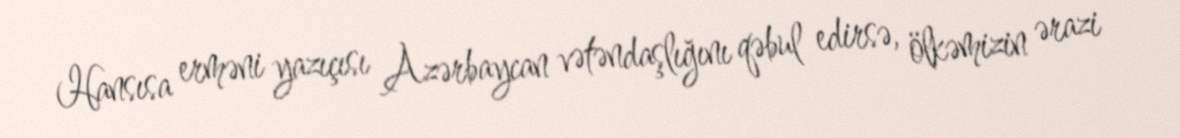
Hansısa erməni yazıçısı Azərbaycan vətəndaşlığını qəbul edirsə, ölkəmizin ərazi